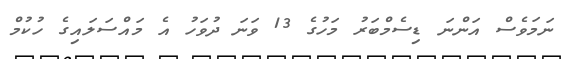
ނަމަވެސް އަންނަ ޑިސެމްބަރު މަހުގެ 13 ވަނަ ދުވަހު އެ މައްސަލައިގެ ހުކުމް